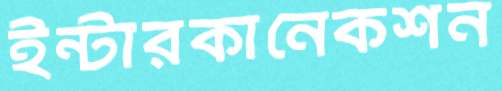
ইন্টারকানেকশন